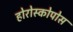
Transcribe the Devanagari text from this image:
होरोस्कोपोस